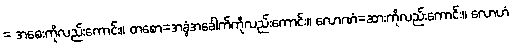
= အစေးကိုလည်းကောင်း။ တစော=အခွံအခေါက်ကိုလည်းကောင်း။ လောဏံ=ဆားကိုလည်းကောင်း။ လောဟံ